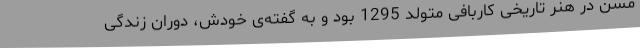
مسن در هنر تاریخی کاربافی متولد 1295 بود و به گفته‌ی خودش، دوران زندگی